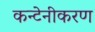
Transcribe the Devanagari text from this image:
कन्टेनीकरण